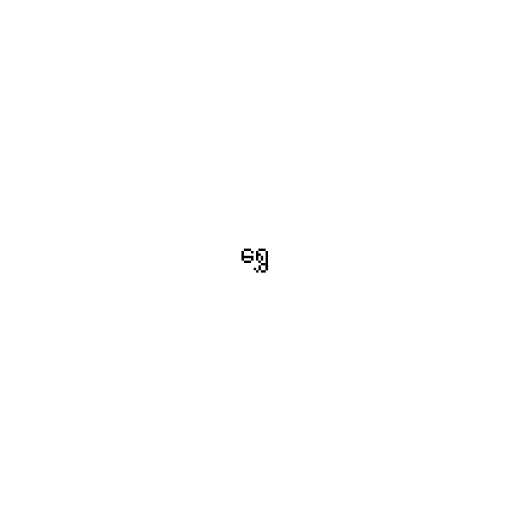
ရွှေ